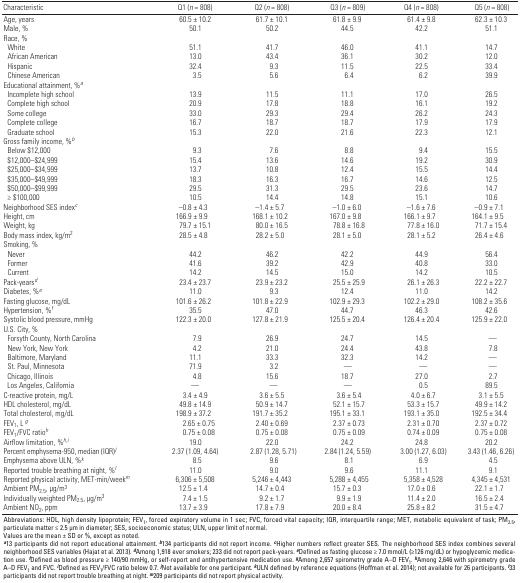
<table><thead><tr><td><b>Characteristic</b></td><td><b>Q1 (<i>n</i> = 808)</b></td><td><b>Q2 (<i>n</i> = 808)</b></td><td><b>Q3 (<i>n</i> = 809)</b></td><td><b>Q4 (<i>n</i> = 808)</b></td><td><b>Q5 (<i>n</i> = 808)</b></td></tr></thead><tbody><tr><td><b>Age, years</b></td><td>60.5 ± 10.2</td><td>61.7 ± 10.1</td><td>61.8 ± 9.9</td><td>61.4 ± 9.8</td><td>62.3 ± 10.3</td></tr><tr><td><b>Male, %</b></td><td>50.1</td><td>50.2</td><td>44.5</td><td>42.2</td><td>51.1</td></tr><tr><td><b>Race, %</b></td></tr><tr><td><b>White</b></td><td>51.1</td><td>41.7</td><td>46.0</td><td>41.1</td><td>14.7</td></tr><tr><td><b>African American</b></td><td>13.0</td><td>43.4</td><td>36.1</td><td>30.2</td><td>12.0</td></tr><tr><td><b>Hispanic</b></td><td>32.4</td><td>9.3</td><td>11.5</td><td>22.5</td><td>33.4</td></tr><tr><td><b>Chinese American</b></td><td>3.5</td><td>5.6</td><td>6.4</td><td>6.2</td><td>39.9</td></tr><tr><td><b>Educational attainment, %<sup><i>a</i></sup></b></td></tr><tr><td><b>Incomplete high school </b></td><td>13.9</td><td>11.5</td><td>11.1</td><td>17.0</td><td>26.5</td></tr><tr><td><b>Complete high school</b></td><td>20.9</td><td>17.8</td><td>18.8</td><td>16.1</td><td>19.2</td></tr><tr><td><b>Some college</b></td><td>33.0</td><td>29.3</td><td>29.4</td><td>26.2</td><td>24.3</td></tr><tr><td><b>Complete college</b></td><td>16.7</td><td>18.7</td><td>18.7</td><td>17.9</td><td>17.9</td></tr><tr><td><b>Graduate school</b></td><td>15.3</td><td>22.0</td><td>21.6</td><td>22.3</td><td>12.1</td></tr><tr><td><b>Gross family income, %<sup><i>b</i></sup></b></td></tr><tr><td><b>Below $12,000</b></td><td>9.3</td><td>7.6</td><td>8.8</td><td>9.4</td><td>15.5</td></tr><tr><td><b>$12,000–$24,999</b></td><td>15.4</td><td>13.6</td><td>14.6</td><td>19.2</td><td>30.9</td></tr><tr><td><b>$25,000–$34,999</b></td><td>13.7</td><td>10.8</td><td>12.4</td><td>15.5</td><td>14.4</td></tr><tr><td><b>$35,000–$49,999</b></td><td>18.3</td><td>16.3</td><td>16.7</td><td>14.6</td><td>12.5</td></tr><tr><td><b>$50,000–$99,999</b></td><td>29.5</td><td>31.3</td><td>29.5</td><td>23.6</td><td>14.7</td></tr><tr><td><b>≥ $100,000</b></td><td>10.5</td><td>14.4</td><td>14.8</td><td>15.1</td><td>10.6</td></tr><tr><td><b>Neighborhood SES index<sup><i>c</i></sup></b></td><td>–0.8 ± 4.3</td><td>–1.4 ± 5.7</td><td>–1.0 ± 6.0</td><td>–1.6 ± 7.6</td><td>–0.9 ± 7.1</td></tr><tr><td><b>Height, cm</b></td><td>166.9 ± 9.9</td><td>168.1 ± 10.2</td><td>167.0 ± 9.8</td><td>166.1 ± 9.7</td><td>164.1 ± 9.5</td></tr><tr><td><b>Weight, kg</b></td><td>79.7 ± 15.1</td><td>80.0 ± 16.5</td><td>78.8 ± 16.8</td><td>77.8 ± 16.0</td><td>71.7 ± 15.4</td></tr><tr><td><b>Body mass index, kg/m<sup>2</sup></b></td><td>28.5 ± 4.8</td><td>28.2 ± 5.0</td><td>28.1 ± 5.0</td><td>28.1 ± 5.2</td><td>26.4 ± 4.6</td></tr><tr><td><b>Smoking, %</b></td></tr><tr><td><b>Never </b></td><td>44.2</td><td>46.2</td><td>42.2</td><td>44.9</td><td>56.4</td></tr><tr><td><b>Former</b></td><td>41.6</td><td>39.2</td><td>42.9</td><td>40.8</td><td>33.0</td></tr><tr><td><b>Current</b></td><td>14.2</td><td>14.5</td><td>15.0</td><td>14.2</td><td>10.5</td></tr><tr><td><b>Pack-years<sup><i>d</i></sup></b></td><td>23.4 ± 23.7</td><td>23.9 ± 23.2</td><td>25.5 ± 25.9</td><td>26.1 ± 26.3</td><td>22.2 ± 22.7</td></tr><tr><td><b>Diabetes, %<sup><i>e</i></sup></b></td><td>11.0</td><td>9.3</td><td>12.4</td><td>11.0</td><td>14.2</td></tr><tr><td><b>Fasting glucose, mg/dL</b></td><td>101.6 ± 26.2</td><td>101.8 ± 22.9</td><td>102.9 ± 29.3</td><td>102.2 ± 29.0</td><td>108.2 ± 35.6</td></tr><tr><td><b>Hypertension, %<sup><i>f</i></sup></b></td><td>35.5</td><td>47.0</td><td>44.7</td><td>46.3</td><td>42.6</td></tr><tr><td><b>Systolic blood pressure, mmHg</b></td><td>122.3 ± 20.0</td><td>127.8 ± 21.9</td><td>125.5 ± 20.4</td><td>126.4 ± 20.4</td><td>125.9 ± 22.0</td></tr><tr><td><b>U.S. City, %</b></td></tr><tr><td><b>Forsyth County, North Carolina</b></td><td>7.9</td><td>26.9</td><td>24.7</td><td>14.5</td><td>—</td></tr><tr><td><b>New York, New York</b></td><td>4.2</td><td>21.0</td><td>24.4</td><td>43.8</td><td>7.8</td></tr><tr><td><b>Baltimore, Maryland</b></td><td>11.1</td><td>33.3</td><td>32.3</td><td>14.2</td><td>—</td></tr><tr><td><b>St. Paul, Minnesota</b></td><td>71.9</td><td>3.2</td><td>—</td><td>—</td><td>—</td></tr><tr><td><b>Chicago, Illinois</b></td><td>4.8</td><td>15.6</td><td>18.7</td><td>27.0</td><td>2.7</td></tr><tr><td><b>Los Angeles, California</b></td><td>—</td><td>—</td><td>—</td><td>0.5</td><td>89.5</td></tr><tr><td><b>C-reactive protein, mg/L</b></td><td>3.4 ± 4.9</td><td>3.6 ± 5.5</td><td>3.6 ± 5.4</td><td>4.0 ± 6.7</td><td>3.1 ± 5.5</td></tr><tr><td><b>HDL cholesterol, mg/dL</b></td><td>49.8 ± 14.9</td><td>50.9 ± 14.7</td><td>52.1 ± 15.7</td><td>53.3 ± 15.7</td><td>49.9 ± 14.2</td></tr><tr><td><b>Total cholesterol, mg/dL</b></td><td>198.9 ± 37.2</td><td>191.7 ± 35.2</td><td>195.1 ± 33.1</td><td>193.1 ± 35.0</td><td>192.5 ± 34.4</td></tr><tr><td><b>FEV<sub>1</sub>, L <sup><i>g</i></sup></b></td><td>2.65 ± 0.75</td><td>2.40 ± 0.69</td><td>2.37 ± 0.73</td><td>2.31 ± 0.70</td><td>2.37 ± 0.72</td></tr><tr><td><b>FEV<sub>1</sub>/FVC ratio<sup><i>h</i></sup></b></td><td>0.75 ± 0.08</td><td>0.75 ± 0.08</td><td>0.75 ± 0.09</td><td>0.74 ± 0.09</td><td>0.75 ± 0.08</td></tr><tr><td><b>Airflow limitation, %<sup><i>h,i</i></sup></b></td><td>19.0</td><td>22.0</td><td>24.2</td><td>24.8</td><td>20.2</td></tr><tr><td><b>Percent emphysema-950, median (IQR)<sup><i>j</i></sup></b></td><td>2.37 (1.09, 4.64)</td><td>2.87 (1.28, 5.71)</td><td>2.84 (1.24, 5.59)</td><td>3.00 (1.27, 6.03)</td><td>3.43 (1.46, 6.26)</td></tr><tr><td><b>Emphysema above ULN, %<sup><i>k</i></sup></b></td><td>8.5</td><td>9.6</td><td>8.1</td><td>6.9</td><td>4.5</td></tr><tr><td><b>Reported trouble breathing at night, %<sup><i>l</i></sup></b></td><td>11.0</td><td>9.0</td><td>9.6</td><td>11.1</td><td>9.1</td></tr><tr><td><b>Reported physical activity, MET-min/week<sup><i>m</i></sup></b></td><td>6,306 ± 5,508</td><td>5,246 ± 4,443</td><td>5,288 ± 4,455</td><td>5,358 ± 4,528</td><td>4,345 ± 4,531</td></tr><tr><td><b>Ambient PM<sub>2.5</sub>, μg/m<sup>3</sup></b></td><td>12.5 ± 1.4</td><td>14.7 ± 0.4</td><td>15.7 ± 0.3</td><td>17.0 ± 0.6</td><td>22.1 ± 1.7</td></tr><tr><td><b>Individually weighted PM<sub>2.5</sub>, μg/m<sup>3</sup></b></td><td>7.4 ± 1.5</td><td>9.2 ± 1.7</td><td>9.9 ± 1.9</td><td>11.4 ± 2.0</td><td>16.5 ± 2.4</td></tr><tr><td><b>Ambient NO<sub>2</sub>, ppm</b></td><td>13.7 ± 3.9</td><td>17.8 ± 7.9</td><td>20.0 ± 8.4</td><td>25.8 ± 8.2</td><td>31.5 ± 4.7</td></tr><tr><td colspan="6">Abbreviations: HDL, high density lipoprotein; FEV<sub>1</sub>, forced expiratory volume in 1 sec; FVC, forced vital capacity; IQR, interquartile range; MET, metabolic equivalent of task; PM<sub>2.5</sub>, particulate matter ≤ 2.5 μm in diameter; SES, socioeconomic status; ULN, upper limit of normal. Values are the mean ± SD or %, except as noted. <sup><i><b>a</b></i></sup>13 participants did not report educational attainment. <sup><i><b>b</b></i></sup>134 participants did not report income. <sup><i><b>c</b></i></sup>Higher numbers reflect greater SES. The neighborhood SES index combines several neighborhood SES variables (Hajat et al. 2013). <sup><i><b>d</b></i></sup>Among 1,918 ever smokers; 233 did not report pack-years. <sup><i><b>e</b></i></sup>Defined as fasting glucose ≥ 7.0 mmol/L (≥126 mg/dL) or hypoglycemic medication use. <sup><i><b>f</b></i></sup>Defined as blood pressure ≥ 140/90 mmHg, or self-report and antihypertensive medication use. <sup><i><b>g</b></i></sup>Among 2,657 spirometry grade A–D FEV<sub>1</sub>. <sup><i><b>h</b></i></sup>Among 2,646 with spirometry grade A–D FEV<sub>1</sub> and FVC. <sup><i><b>i</b></i></sup>Defined as FEV<sub>1</sub>/FVC ratio below 0.7. <sup><i><b>j</b></i></sup>Not available for one participant. <sup><i><b>k</b></i></sup>ULN defined by reference equations (Hoffman et al. 2014); not available for 26 participants. <sup><i><b>l</b></i></sup>33 participants did not report trouble breathing at night. <sup><i><b>m</b></i></sup>209 participants did not report physical activity.</td></tr></tbody></table>